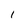
Character: I